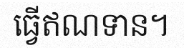
ធ្វើឥណទាន។